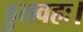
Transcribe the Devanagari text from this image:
हुतवहः।